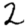
Digit: 2